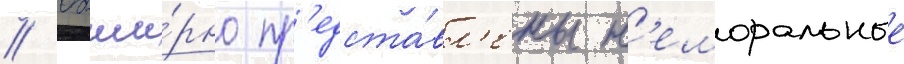
// Обши́рно пр'едста́вл'ены н'еморальные